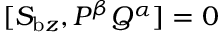
[ S _ { \mathrm { b } z } , P ^ { \beta } Q ^ { \alpha } ] = 0